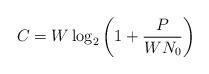
LaTeX: \begin{align*}C = W \log_{2} \left( 1 + \frac{P}{WN_{0}} \right) \end{align*}